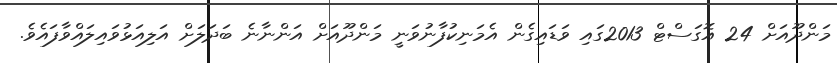
މަންދޫއަށް 24 އޮގަސްޓް 2013ގައި ވަޑައިގެން އެމަނިކުފާނުވަނީ މަންދޫއަށް އަންނާނެ ބަދަލަށް އަލިއަޅުވައިލައްވާފައެވެ.